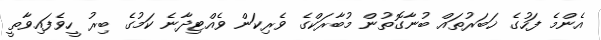
އެންމެ ފަހުގެ ޚަބަރުތައް ބުނާގޮތުން މުބާރަކްގެ ވެރިކަން ވެއްޓިދާނެ ކަމުގެ ބިރު ހީވެފައިވާތީ